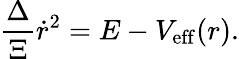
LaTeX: \frac{\Delta}{\Xi}\dot{r}^{2}=E-V_{\mathrm{eff}}(r).